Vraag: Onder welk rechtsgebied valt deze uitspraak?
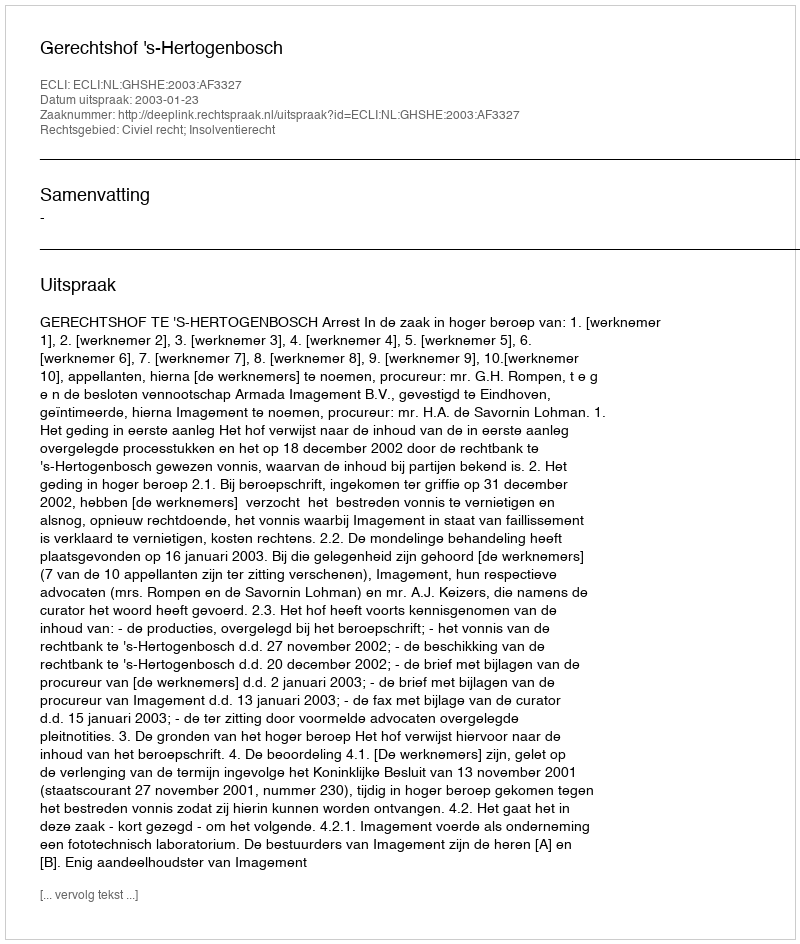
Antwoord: Civiel recht; Insolventierecht